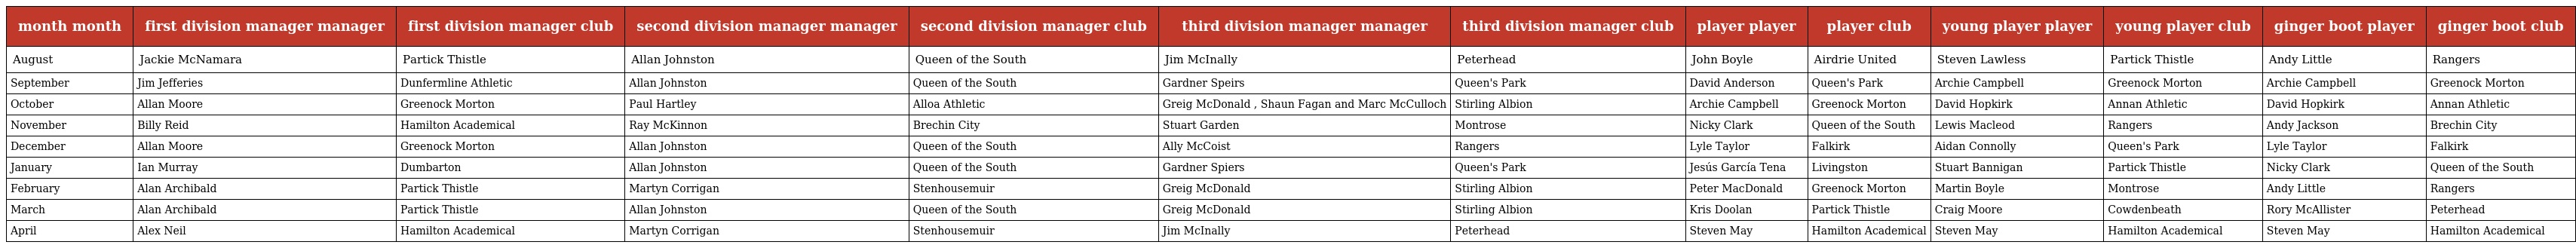
| month month | first division manager manager | first division manager club | second division manager manager | second division manager club | third division manager manager | third division manager club | player player | player club | young player player | young player club | ginger boot player | ginger boot club |
 | --- | --- | --- | --- | --- | --- | --- | --- | --- | --- | --- | --- | --- |
 | August | Jackie McNamara | Partick Thistle | Allan Johnston | Queen of the South | Jim McInally | Peterhead | John Boyle | Airdrie United | Steven Lawless | Partick Thistle | Andy Little | Rangers |
 | September | Jim Jefferies | Dunfermline Athletic | Allan Johnston | Queen of the South | Gardner Speirs | Queen's Park | David Anderson | Queen's Park | Archie Campbell | Greenock Morton | Archie Campbell | Greenock Morton |
 | October | Allan Moore | Greenock Morton | Paul Hartley | Alloa Athletic | Greig McDonald , Shaun Fagan and Marc McCulloch | Stirling Albion | Archie Campbell | Greenock Morton | David Hopkirk | Annan Athletic | David Hopkirk | Annan Athletic |
 | November | Billy Reid | Hamilton Academical | Ray McKinnon | Brechin City | Stuart Garden | Montrose | Nicky Clark | Queen of the South | Lewis Macleod | Rangers | Andy Jackson | Brechin City |
 | December | Allan Moore | Greenock Morton | Allan Johnston | Queen of the South | Ally McCoist | Rangers | Lyle Taylor | Falkirk | Aidan Connolly | Queen's Park | Lyle Taylor | Falkirk |
 | January | Ian Murray | Dumbarton | Allan Johnston | Queen of the South | Gardner Spiers | Queen's Park | Jesús García Tena | Livingston | Stuart Bannigan | Partick Thistle | Nicky Clark | Queen of the South |
 | February | Alan Archibald | Partick Thistle | Martyn Corrigan | Stenhousemuir | Greig McDonald | Stirling Albion | Peter MacDonald | Greenock Morton | Martin Boyle | Montrose | Andy Little | Rangers |
 | March | Alan Archibald | Partick Thistle | Allan Johnston | Queen of the South | Greig McDonald | Stirling Albion | Kris Doolan | Partick Thistle | Craig Moore | Cowdenbeath | Rory McAllister | Peterhead |
 | April | Alex Neil | Hamilton Academical | Martyn Corrigan | Stenhousemuir | Jim McInally | Peterhead | Steven May | Hamilton Academical | Steven May | Hamilton Academical | Steven May | Hamilton Academical |